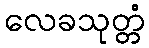
လေခသုတ္တံ